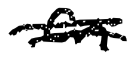
Text: an
Cross-out: double-line
Writing tool: digital_black